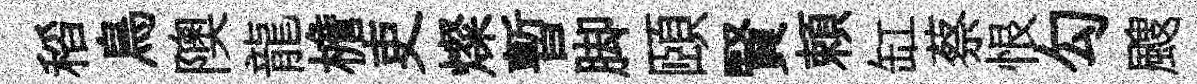
稻鳥隩龍檐吏燦暫脚頤賢頼缸蔡恨勾颼